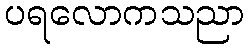
ပရလောကသညာ